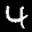
Label: 4